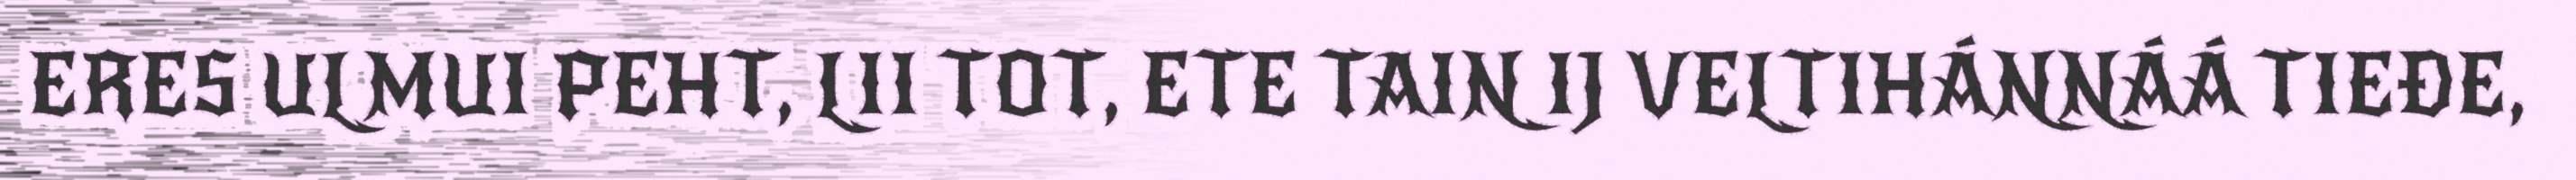
ERES ULMUI PEHT, LII TOT, ETE TAIN IJ VELTIHÁNNÁÁ TIEĐE,